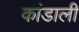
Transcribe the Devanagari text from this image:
कांडाली